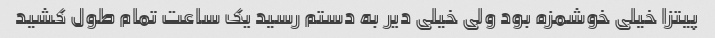
پیتزا خیلی خوشمزه بود ولی خیلی دیر به دستم رسید یک ساعت تمام طول کشید